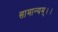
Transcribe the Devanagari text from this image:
सामान्यम्।।